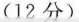
(12分)